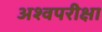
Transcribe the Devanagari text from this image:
अश्वपरीक्षा